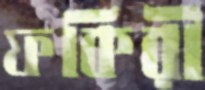
ফকিরী